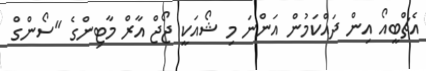
އެޗްބީއޯ އިން ދައްކަމުން އަންނަ މި ޝޯއަކީ ޖޯޖް އާރް މާޓިންގެ "ސޯންގް